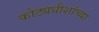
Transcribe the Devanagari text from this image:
कोट्यधीशांच्या